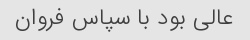
عالی بود با سپاس فروان